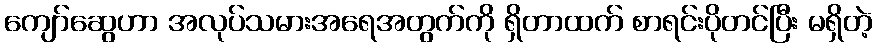
ကျော်ဆွေဟာ အလုပ်သမားအရေအတွက်ကို ရှိတာထက် စာရင်းပိုတင်ပြီး မရှိတဲ့